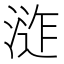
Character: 𭱕